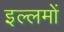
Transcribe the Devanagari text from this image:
इल्लमों